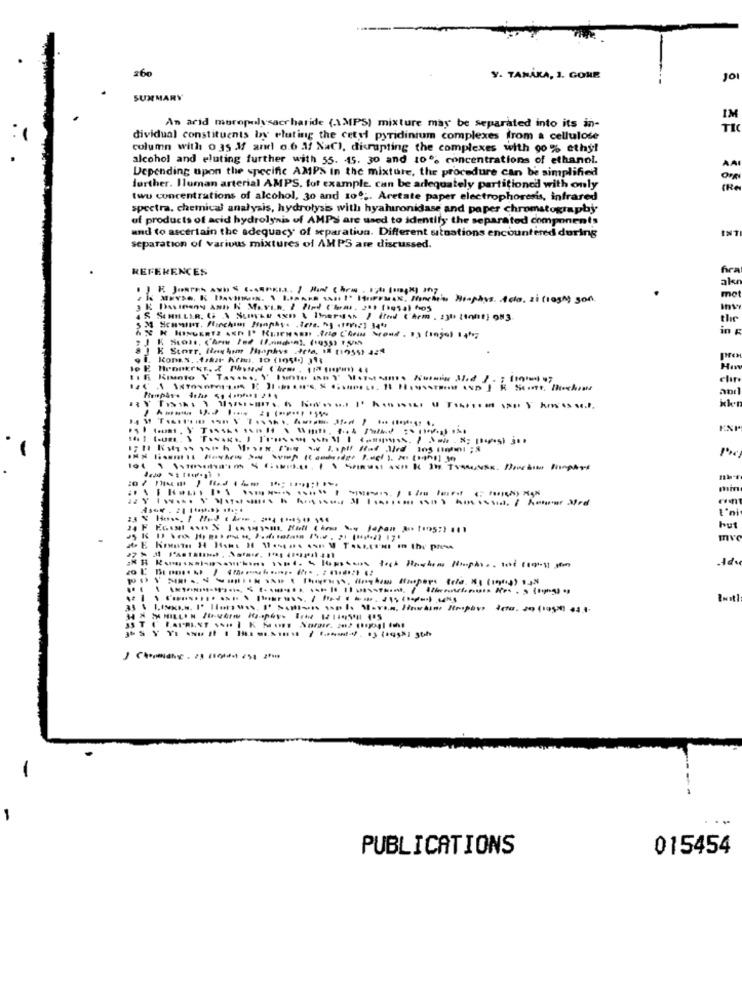
260
Y. TANAKA, J. GONE
Jo
SUMMARY
IM
An arid muropolysaccharide (\MIPS) mixture may be separated into its in-
dividual constituents by eluting the cetyl pyridinium complexes from a cellulose
column with o 3s J andl o.6 3/ NaCl, disrupting the complexes with 90% ethyl
alcohol and eluting further with 55. 45. 30 and to. concentrations of ethanol.
Depending upon the specific AMPS In the mixture, the procedure can be simplified
AA
further. Iluman arterial AMPS. for example. can be adequately partitioned with only
twu concentrations of alcohol, 30 and 100 ;. Aretate paper electrophoresis, infrared
spectra, chemical analysis, hydrolysis with hyaluronidase and paper chromatography-
of products of acid hydrolysis of AMPS are used to identify the separated components
and to ascertain the adequacy of separation. Different situations encountered during
separation of various mixtures of AMPS are discussed.
REFERENCES
ak
le Masse. ES DANSMON. \ DIMARE SAIT I' HIPPMAX, Panchina HingAss. Acto. si (logA) son.
mo
the
in
. JE Score. Howhom Mosphus tet, if (1995) az
.1. Konas. f,A/ A/m 10 (1050) 31
anı
..
kk-
min
I'ni
but
pr
27%
35 T ( BAPRINT $$# | K MOT
PUBLICATIONS
015454